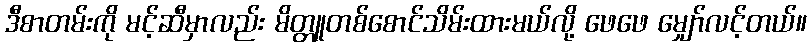
ဒီစာတမ်းကို မင့်ဆီမှာလည်း မိတ္တူတစ်စောင်သိမ်းထားမယ်လို့ ဖေဖေ မျှော်လင့်တယ်။